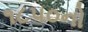
૧૮૫૦નો